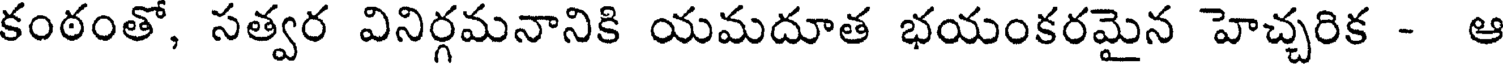
కంఠంతో, సత్వర వినిర్గమనానికి యమదూత భయంకరమైన హెచ్చరిక - ఆ